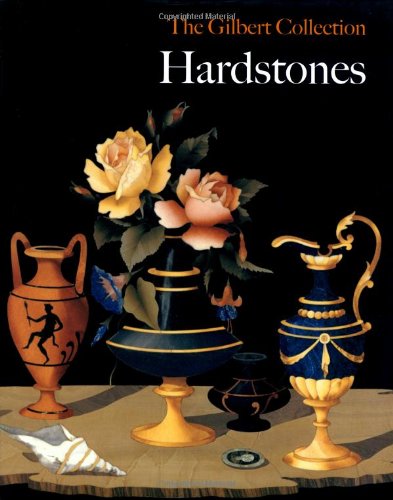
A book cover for Hardstones: The Gilbert Collection; Anna Maria Massinelli; Crafts, Hobbies & Home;